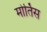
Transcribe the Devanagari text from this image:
मोर्तिस